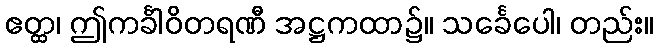
ဧတ္ထ၊ ဤကင်္ခါဝိတရဏီ အဋ္ဌကထာ၌။ သင်္ခေပေါ၊ တည်း။